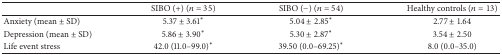
<table><thead><tr><td><b> </b></td><td><b>SIBO (+) (<i>n</i> = 35)</b></td><td><b>SIBO (−) (<i>n</i> = 54)</b></td><td><b>Healthy controls (<i>n</i> = 13)</b></td></tr></thead><tbody><tr><td>Anxiety (mean ± SD)</td><td>5.37 ± 3.61<sup><i>∗</i></sup></td><td>5.04 ± 2.85<sup><i>∗</i></sup></td><td>2.77 ± 1.64</td></tr><tr><td>Depression (mean ± SD)</td><td>5.86 ± 3.90<sup><i>∗</i></sup></td><td>5.30 ± 2.87<sup><i>∗</i></sup></td><td>3.54 ± 2.50</td></tr><tr><td>Life event stress</td><td>42.0 (11.0–99.0)<sup><i>∗</i></sup></td><td>39.50 (0.0–69.25)<sup><i>∗</i></sup></td><td>8.0 (0.0–35.0)</td></tr></tbody></table>